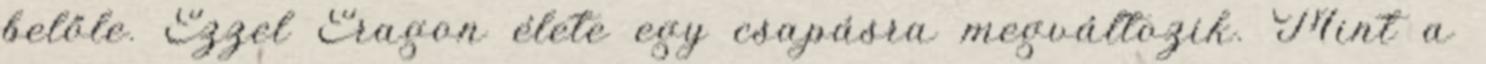
belőle. Ezzel Eragon élete egy csapásra megváltozik. Mint a